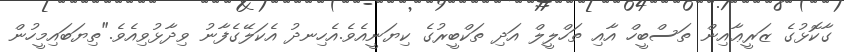
ގާކޮޅުގެ ޒަރީޢާއިން ތަސްބީހް އާއި ތަހްލީލް އަދި ތަކްބީރުގެ ކިޔަނީއެވެ.އެހިނދު އެކަލޭގެފާނު ވިދާޅުވިއެވެ."ތިޔަބައިމީހުން